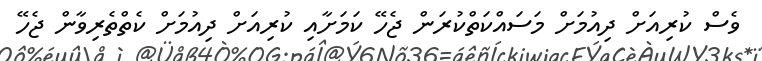
ވެސް ކުރިއަށް ދިއުމަށް މަސައްކަތްކުރަން ޖެހޭ ކަމަށާއި ކުރިއަށް ދިއުމަށް ކެތްތެރިވާން ޖެހޭ